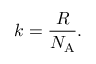
k = { \frac { R } { N _ { \mathrm { A } } } } .